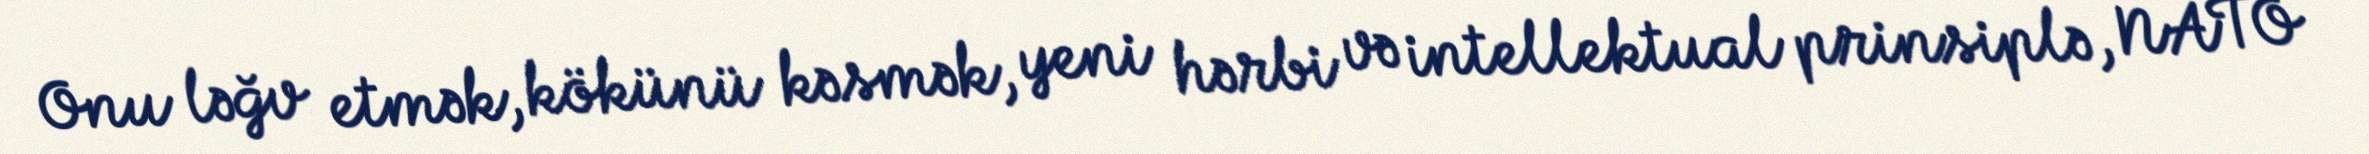
Onu ləğv etmək, kökünü kəsmək, yeni hərbi və intellektual prinsiplə, NATO